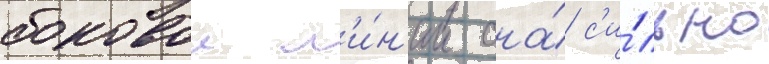
боковои л'и́н'ии она́ с'и́льно